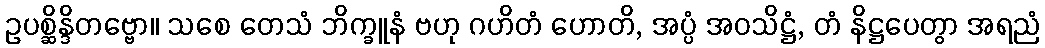
ဥပစ္ဆိန္ဒိတဗ္ဗော။ သစေ တေသံ ဘိက္ခူနံ ဗဟု ဂဟိတံ ဟောတိ, အပ္ပံ အဝသိဋ္ဌံ, တံ နိဋ္ဌပေတွာ အရညံ